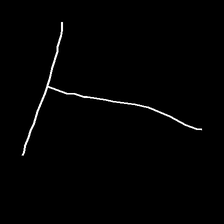
Glyph: column